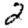
Digit: 2